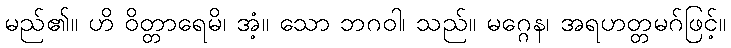
မည်၏။ ဟိ ဝိတ္တာရေမိ၊ အံ့။ သော ဘဂဝါ၊ သည်။ မဂ္ဂေန၊ အရဟတ္တမဂ်ဖြင့်။